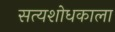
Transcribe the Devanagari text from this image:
सत्यशोधकाला